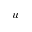
u